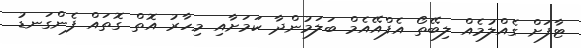
ޓާފަށް ގެއްލުމެއް ލިބޭތޯ އެފްއޭއެމް ބަލަމުންދާ ކަމަށާއި މިހާރު އޮތް ގޮތައް ފެންގަނޑު